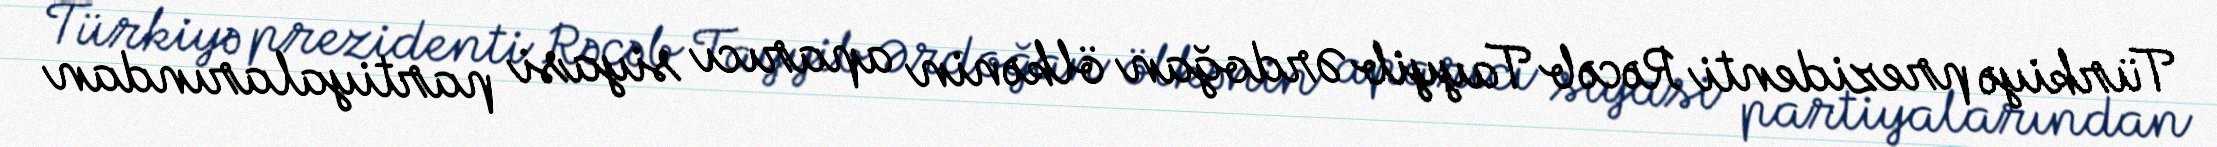
Türkiyə prezidenti Rəcəb Tayyib Ərdoğan ölkənin aparıcı siyasi partiyalarından